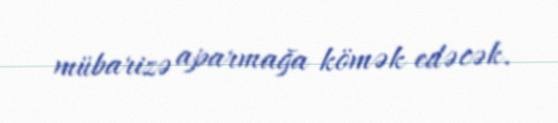
mübarizə aparmağa kömək edəcək.